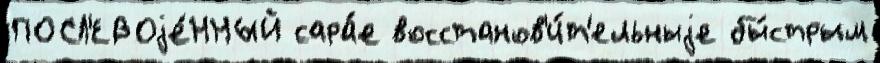
ПОСЛ'ЕВОjе́ННЫЙ сара́е восстанов'и́т'ельныjе бы́стрым